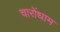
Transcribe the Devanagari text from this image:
चारोंधाम